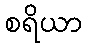
စရိယာ